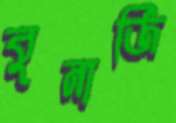
বুনার্জি